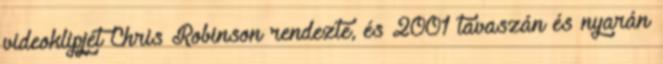
videoklipjét Chris Robinson rendezte, és 2001 tavaszán és nyarán